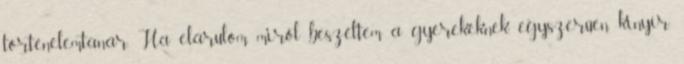
történelemtanár. Ha elárulom, miről beszéltem a gyerekeknek, egyszerűen kinyír.